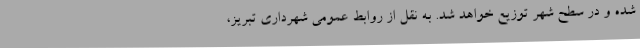
شده و در سطح شهر توزیع خواهد شد. به نقل از روابط عمومی شهرداری تبریز،